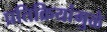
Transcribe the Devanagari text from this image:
प्रतिक्रियांमुळे